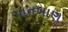
પાનખાણ